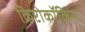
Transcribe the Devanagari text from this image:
क्रिप्टोकॉकिस